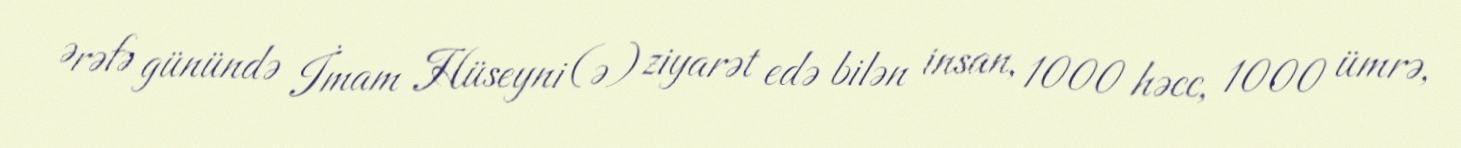
Ərəfə günündə İmam Hüseyni (ə) ziyarət edə bilən insan, 1000 həcc, 1000 ümrə,